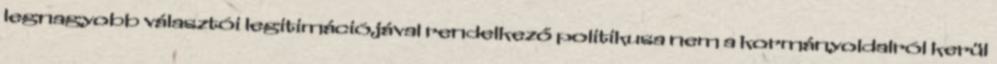
legnagyobb választói legitimációjával rendelkező politikusa nem a kormányoldalról kerül